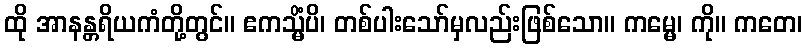
ထို အာနန္တရိယကံတို့တွင်။ ဧကသ္မိံပိ၊ တစ်ပါးသော်မှလည်းဖြစ်သော။ ကမ္မေ၊ ကို။ ကတေ၊